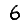
Digit: 6